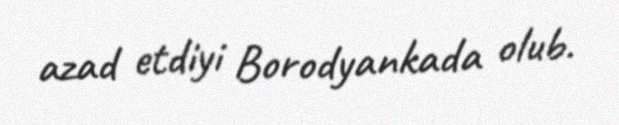
azad etdiyi Borodyankada olub.